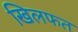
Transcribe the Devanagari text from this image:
खिलफत